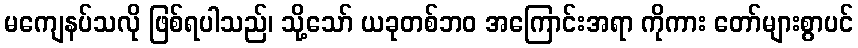
မကျေနပ်သလို ဖြစ်ရပါသည်၊ သို့သော် ယခုတစ်ဘဝ အကြောင်းအရာ ကိုကား တော်များစွာပင်